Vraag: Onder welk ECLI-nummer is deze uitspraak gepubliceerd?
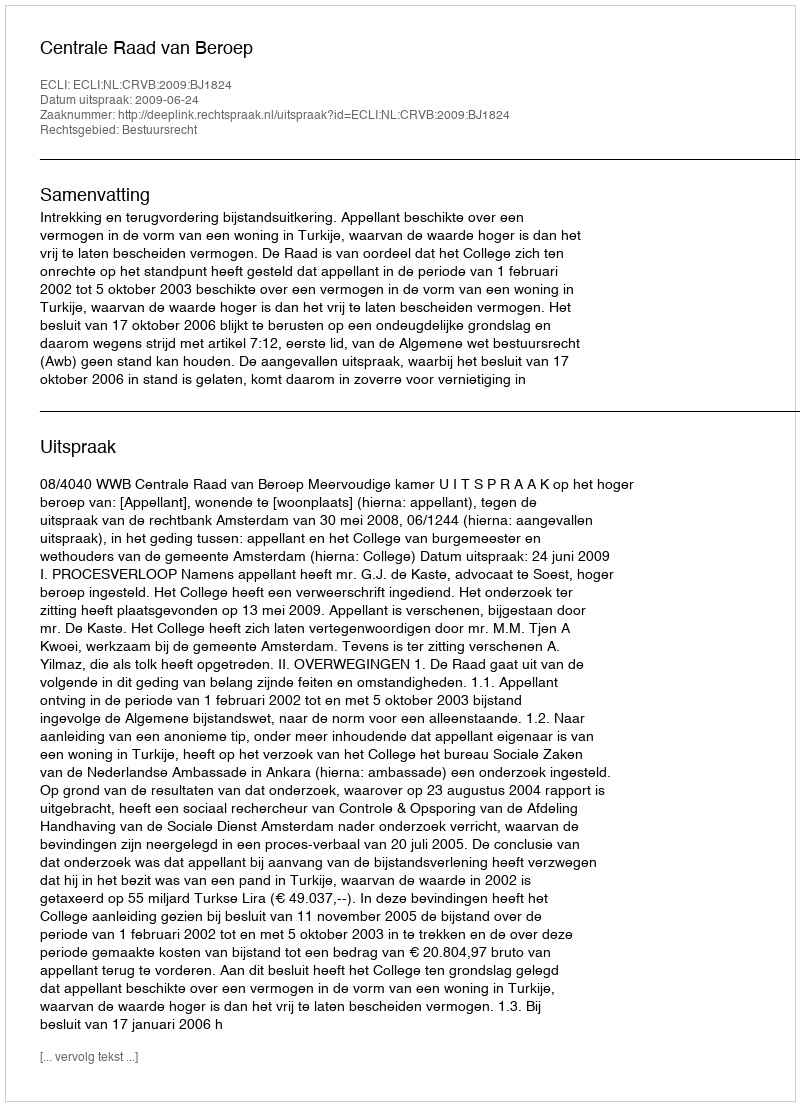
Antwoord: ECLI:NL:CRVB:2009:BJ1824